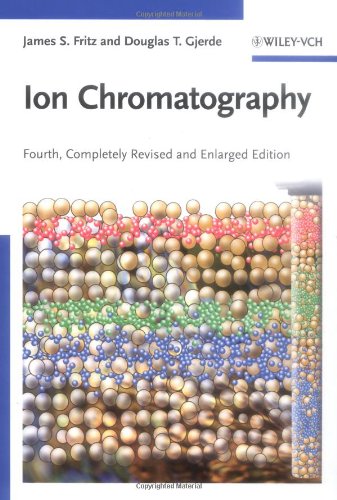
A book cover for Ion Chromatography; James S. Fritz; Science & Math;